Maemoisa_(Sinalepa)_vallavalitsus, lk 24
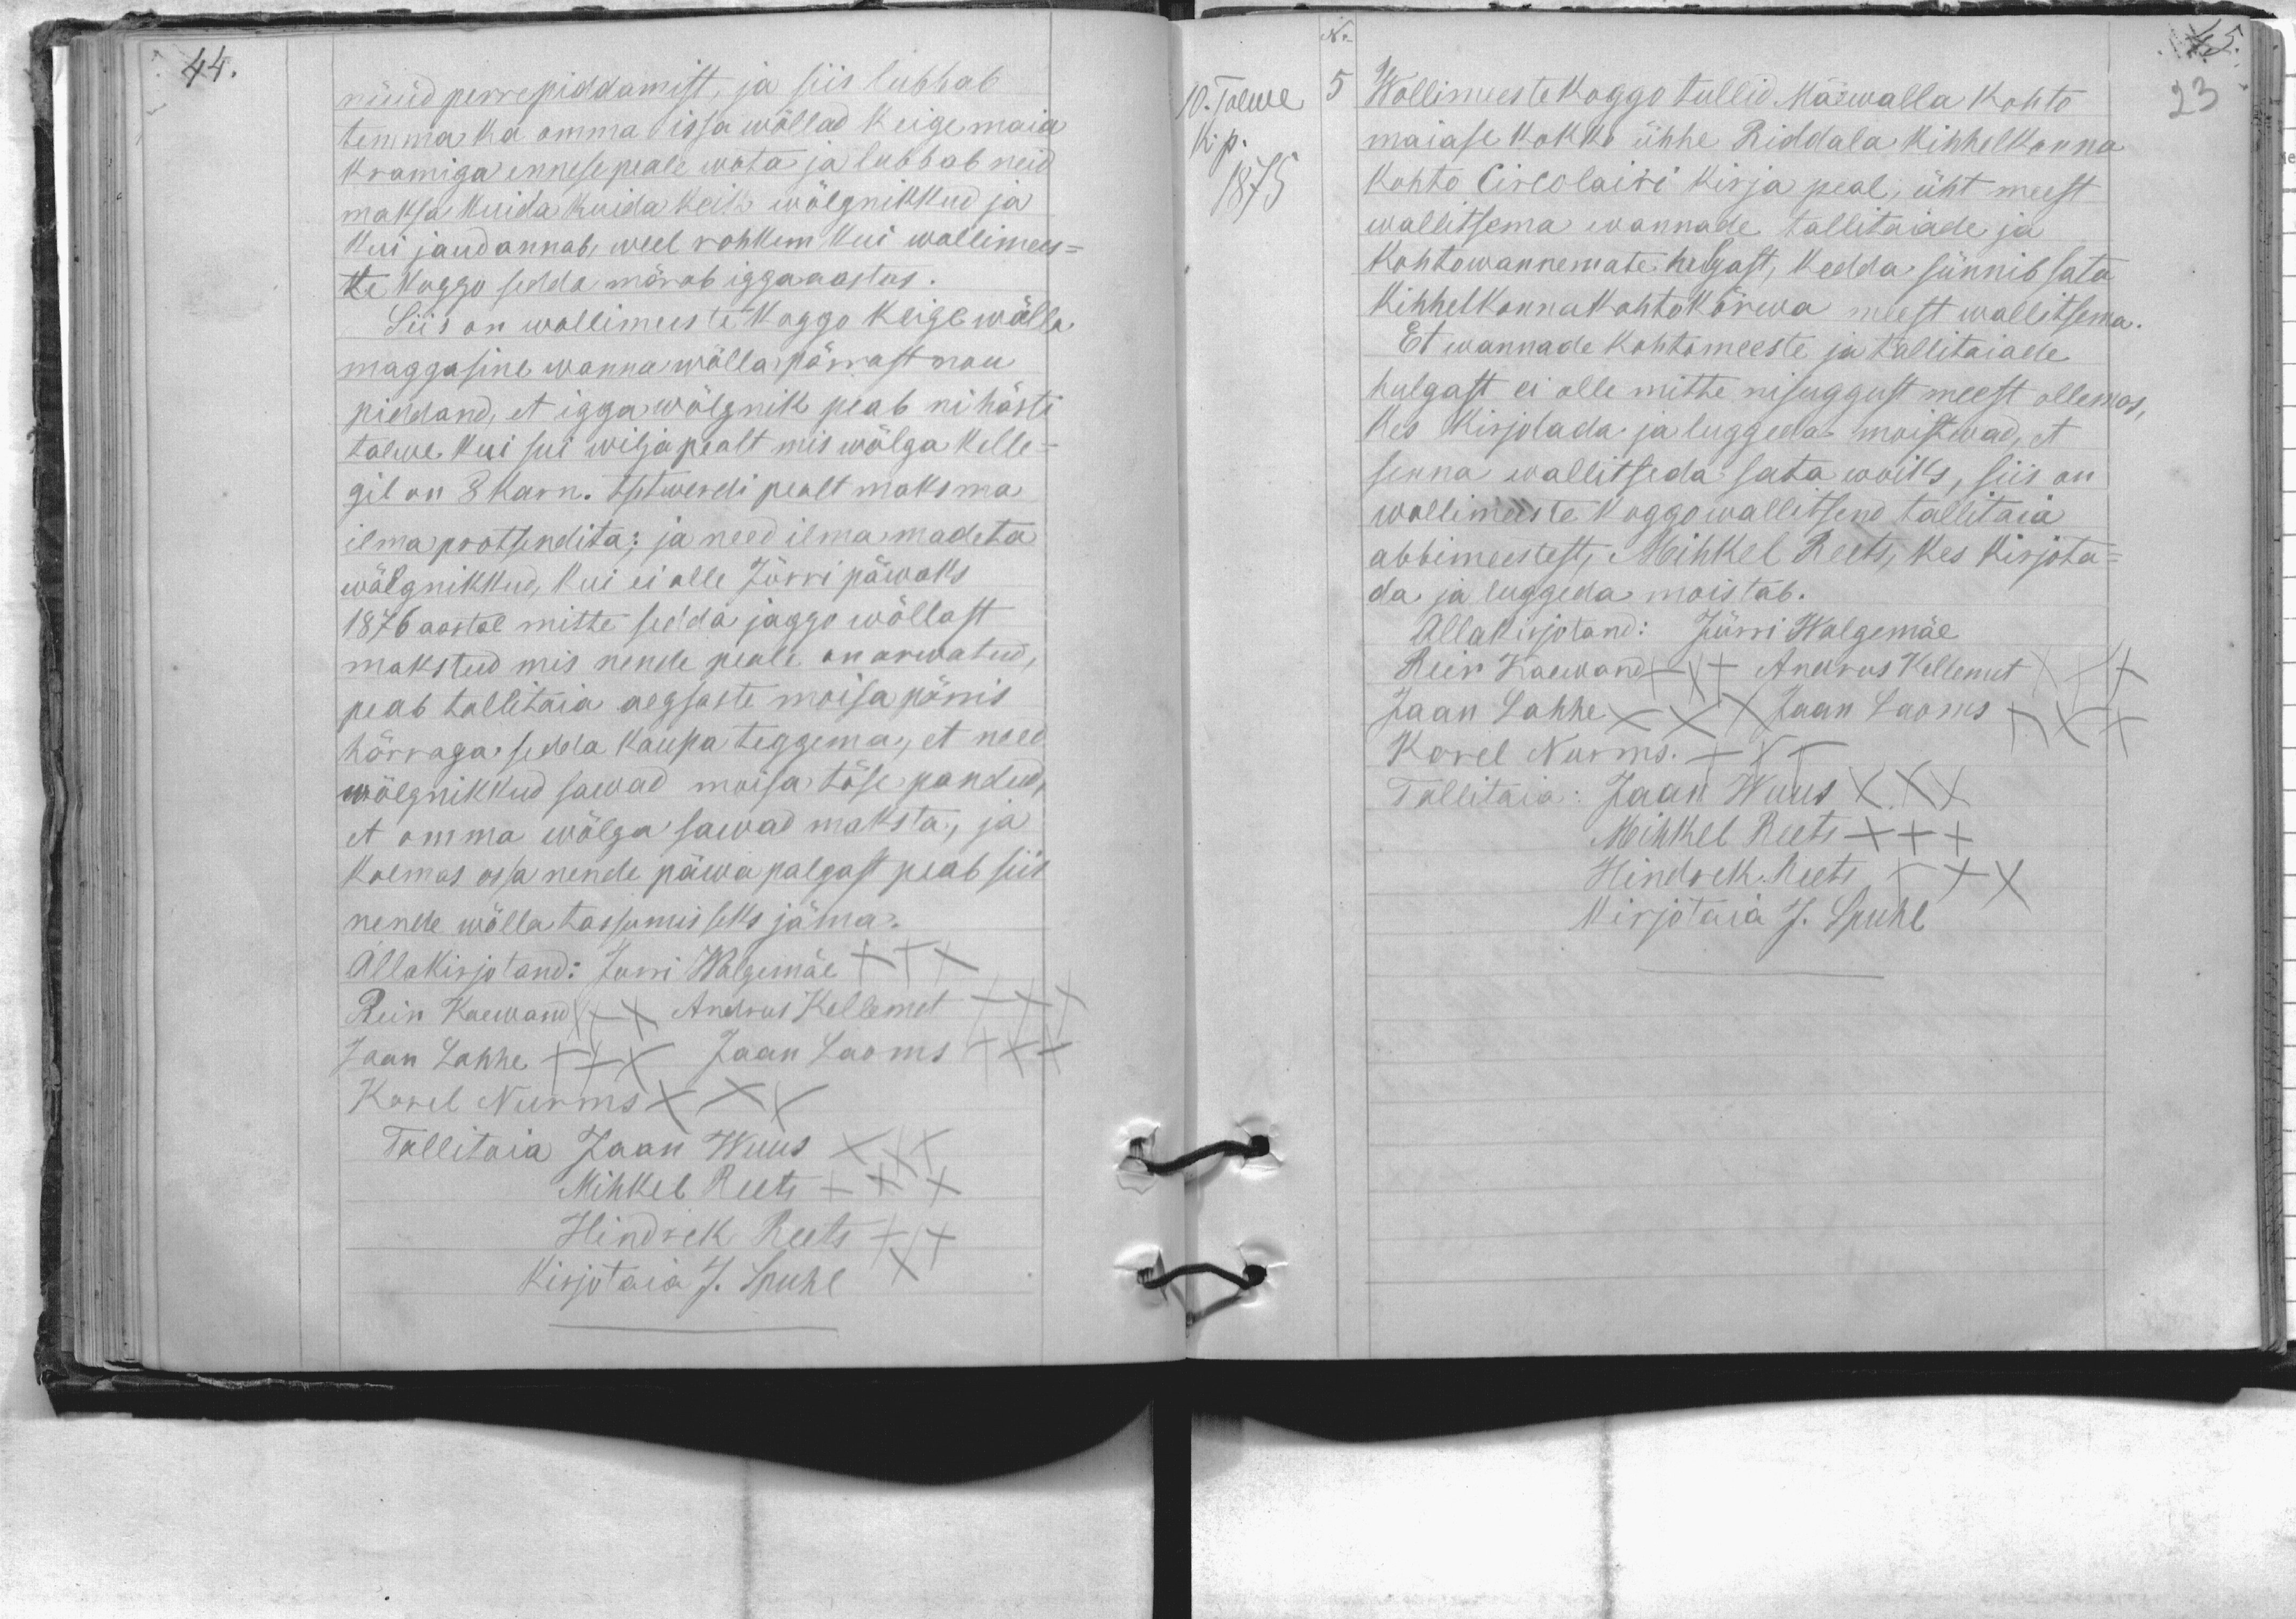
nüüd perrepiddamist, ja siis lubbab
temma ka omma issa wõllad keige maia
kramiga ennese peale wota ja lubbab neid
maksa kuida kuida keik wõlgnikkud ja
kui joud annab weel rohkem kui wollimees-
te koggo sedda märab igga aastas.
Siis on wollimeeste koggo keige wõlla.
maggasine wanna wõlla pärrast nou
piddand, et igga wõlgnik peab nii hästi
talwe, kui siis wilja pealt mis wõlga kelle-
gil on 8 karn. tsetwerdi pealt maksma
ilma protsendita; ja need ilma madeta
wõlgnikkud, kui ei olle Jürri päwaks
1876 aastal mitte sedda jaggo wõllast
makstud mis nende peale on arwatud,
peab tallitaia aegsaste moisa pärris
härraga sedda kaupa teggema, et need
wõlgnikkud sawad moisa töse pandud,
et omma wõlga sawad maksta, ja
kolmas ossa nende päewa palgast peab siis
nende wõlla tassumis seks jäma.
Allakirjotand: Jurri Walgemäe XXX
Rein Kaewand XXX Andrus Kellemet XX
Jaan Lahhe XXX Jaan Laoms XXX
Karel Nurms XXX
Tallitaja Jaan Wuus XXX
Mihkel Reets XXX
Hindrek Reets XXX
Kirjotaia J. Spuhl

10. Talwe
Wollimeeste koggo tullid Mäewalla kohto
K.p.
maiase kokko ühhe Riddala kihhelkonna
Kohto Circolairi kirja peal, üht meest
1875
wallitsema wannade tallitaiade ja
kohtowannemate hulgast, kedda sünnib sata
kihhelkonnakohto kõrwa meest wallitsema.
Et wannade kohtomeeste ja tallitaiade
hulgast ei olle mitte nisuggust meest ollemas,
kes kirjotada ja luggeda moistwad, et
senna wallitseda sata wõiks, siis on
wollimeeste koggo wallitsend tallitaia
abbimeestest, Mihkel Reets, kes kirjota-
da ja luggeda mõistab.
Allakirjutand: Jürri Walgemäe
Rein Kaewand XXX Andrus Kellemet
Jaan Lahhe XXX Jaan Laoms XX
Karel Nurms. XXX
Tallitaia: Jaan Wuus XXX
Mihkel Reets XXX
Hindrek Reets XXX
kirjotaia J. Spuhl